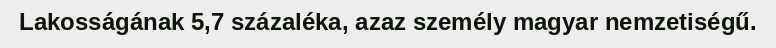
Lakosságának 5,7 százaléka, azaz személy magyar nemzetiségű.